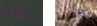
يتفاخر ضعيفة